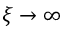
\xi \rightarrow \infty